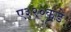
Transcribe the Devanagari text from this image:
ए३२०कडे